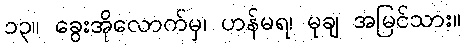
၁၃။ ခွေးအိုလောက်မှ၊ ဟန်မရ၊ မုချ အမြင်သား။